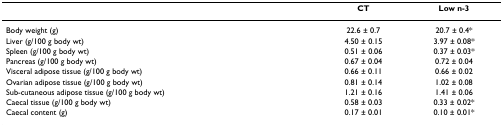
<table><thead><tr><td></td><td><b>CT</b></td><td><b>Low n-3</b></td></tr></thead><tbody><tr><td>Body weight (g)</td><td>22.6 ± 0.7</td><td>20.7 ± 0.4*</td></tr><tr><td>Liver (g/100 g body wt)</td><td>4.50 ± 0.15</td><td>3.97 ± 0.08*</td></tr><tr><td>Spleen (g/100 g body wt)</td><td>0.51 ± 0.06</td><td>0.37 ± 0.03*</td></tr><tr><td>Pancreas (g/100 g body wt)</td><td>0.67 ± 0.04</td><td>0.72 ± 0.04</td></tr><tr><td>Visceral adipose tissue (g/100 g body wt)</td><td>0.66 ± 0.11</td><td>0.66 ± 0.02</td></tr><tr><td>Ovarian adipose tissue (g/100 g body wt)</td><td>0.81 ± 0.14</td><td>1.02 ± 0.08</td></tr><tr><td>Sub-cutaneous adipose tissue (g/100 g body wt)</td><td>1.21 ± 0.16</td><td>1.41 ± 0.06</td></tr><tr><td>Caecal tissue (g/100 g body wt)</td><td>0.58 ± 0.03</td><td>0.33 ± 0.02*</td></tr><tr><td>Caecal content (g)</td><td>0.17 ± 0.01</td><td>0.10 ± 0.01*</td></tr></tbody></table>